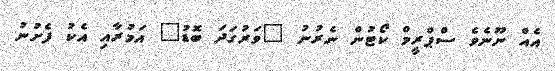
އެއް ނޫނެވެ ސްޕްރީމް ކޯޓުން ނެރުނު "ވަރުގަދަ ބޮޑު" އަމުރާއި އެކު ފެށުނު